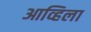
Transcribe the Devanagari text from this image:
आव्हिला